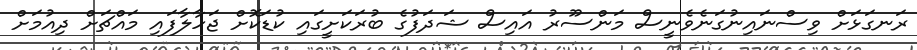
ރަނގަޅަށް ވިސްނައިނުގަނެވެނީސް މަންސޫރު އައިސް ޝަދަފުގެ ބުރަކަށީގައި ކުޑަކޮށް ޖަހާލާފައި މައްޗަށް ދިއުމަށް